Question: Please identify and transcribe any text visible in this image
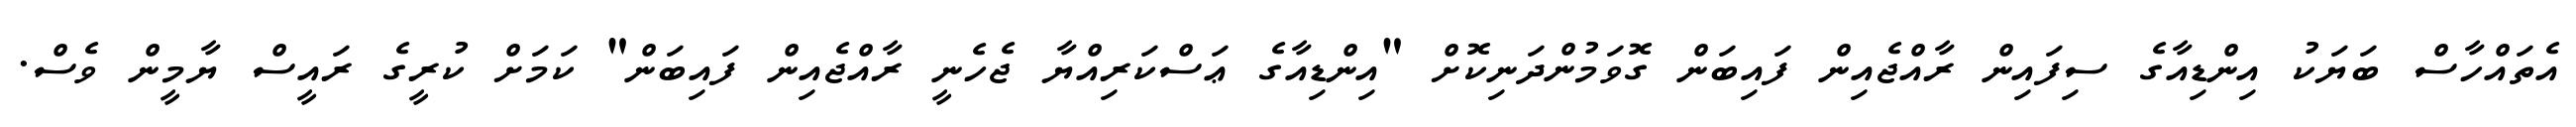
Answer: އެތައްހާސް ބަޔަކު އިންޑިއާގެ ސިފައިން ރާއްޖެއިން ފައިބަން ގޮވަމުންދަނިކޮށް "އިންޑިއާގެ ޢަސްކަރިއްޔާ ޖެހެނީ ރާއްޖެއިން ފައިބަން" ކަމަށް ކުރީގެ ރައީސް ޔާމީން ވެސް.